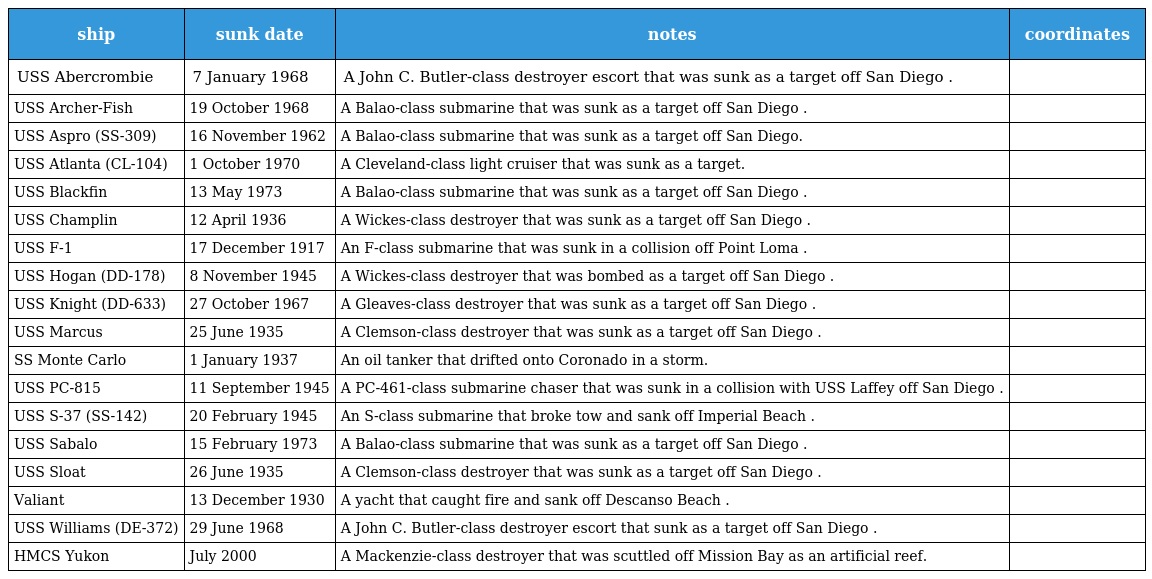
| ship | sunk date | notes | coordinates |
 | --- | --- | --- | --- |
 | USS Abercrombie | 7 January 1968 | A John C. Butler-class destroyer escort that was sunk as a target off San Diego . |  |
 | USS Archer-Fish | 19 October 1968 | A Balao-class submarine that was sunk as a target off San Diego . |  |
 | USS Aspro (SS-309) | 16 November 1962 | A Balao-class submarine that was sunk as a target off San Diego. |  |
 | USS Atlanta (CL-104) | 1 October 1970 | A Cleveland-class light cruiser that was sunk as a target. |  |
 | USS Blackfin | 13 May 1973 | A Balao-class submarine that was sunk as a target off San Diego . |  |
 | USS Champlin | 12 April 1936 | A Wickes-class destroyer that was sunk as a target off San Diego . |  |
 | USS F-1 | 17 December 1917 | An F-class submarine that was sunk in a collision off Point Loma . |  |
 | USS Hogan (DD-178) | 8 November 1945 | A Wickes-class destroyer that was bombed as a target off San Diego . |  |
 | USS Knight (DD-633) | 27 October 1967 | A Gleaves-class destroyer that was sunk as a target off San Diego . |  |
 | USS Marcus | 25 June 1935 | A Clemson-class destroyer that was sunk as a target off San Diego . |  |
 | SS Monte Carlo | 1 January 1937 | An oil tanker that drifted onto Coronado in a storm. |  |
 | USS PC-815 | 11 September 1945 | A PC-461-class submarine chaser that was sunk in a collision with USS Laffey off San Diego . |  |
 | USS S-37 (SS-142) | 20 February 1945 | An S-class submarine that broke tow and sank off Imperial Beach . |  |
 | USS Sabalo | 15 February 1973 | A Balao-class submarine that was sunk as a target off San Diego . |  |
 | USS Sloat | 26 June 1935 | A Clemson-class destroyer that was sunk as a target off San Diego . |  |
 | Valiant | 13 December 1930 | A yacht that caught fire and sank off Descanso Beach . |  |
 | USS Williams (DE-372) | 29 June 1968 | A John C. Butler-class destroyer escort that sunk as a target off San Diego . |  |
 | HMCS Yukon | July 2000 | A Mackenzie-class destroyer that was scuttled off Mission Bay as an artificial reef. |  |